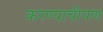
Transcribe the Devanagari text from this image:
करण्याचीपण